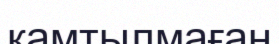
қамтылмаған